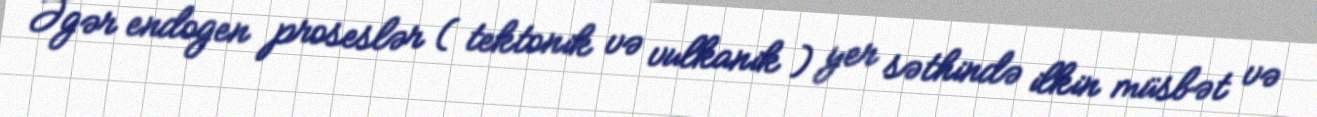
Əgər endogen proseslər ( tektonik və vulkanik ) yer səthində ilkin müsbət və